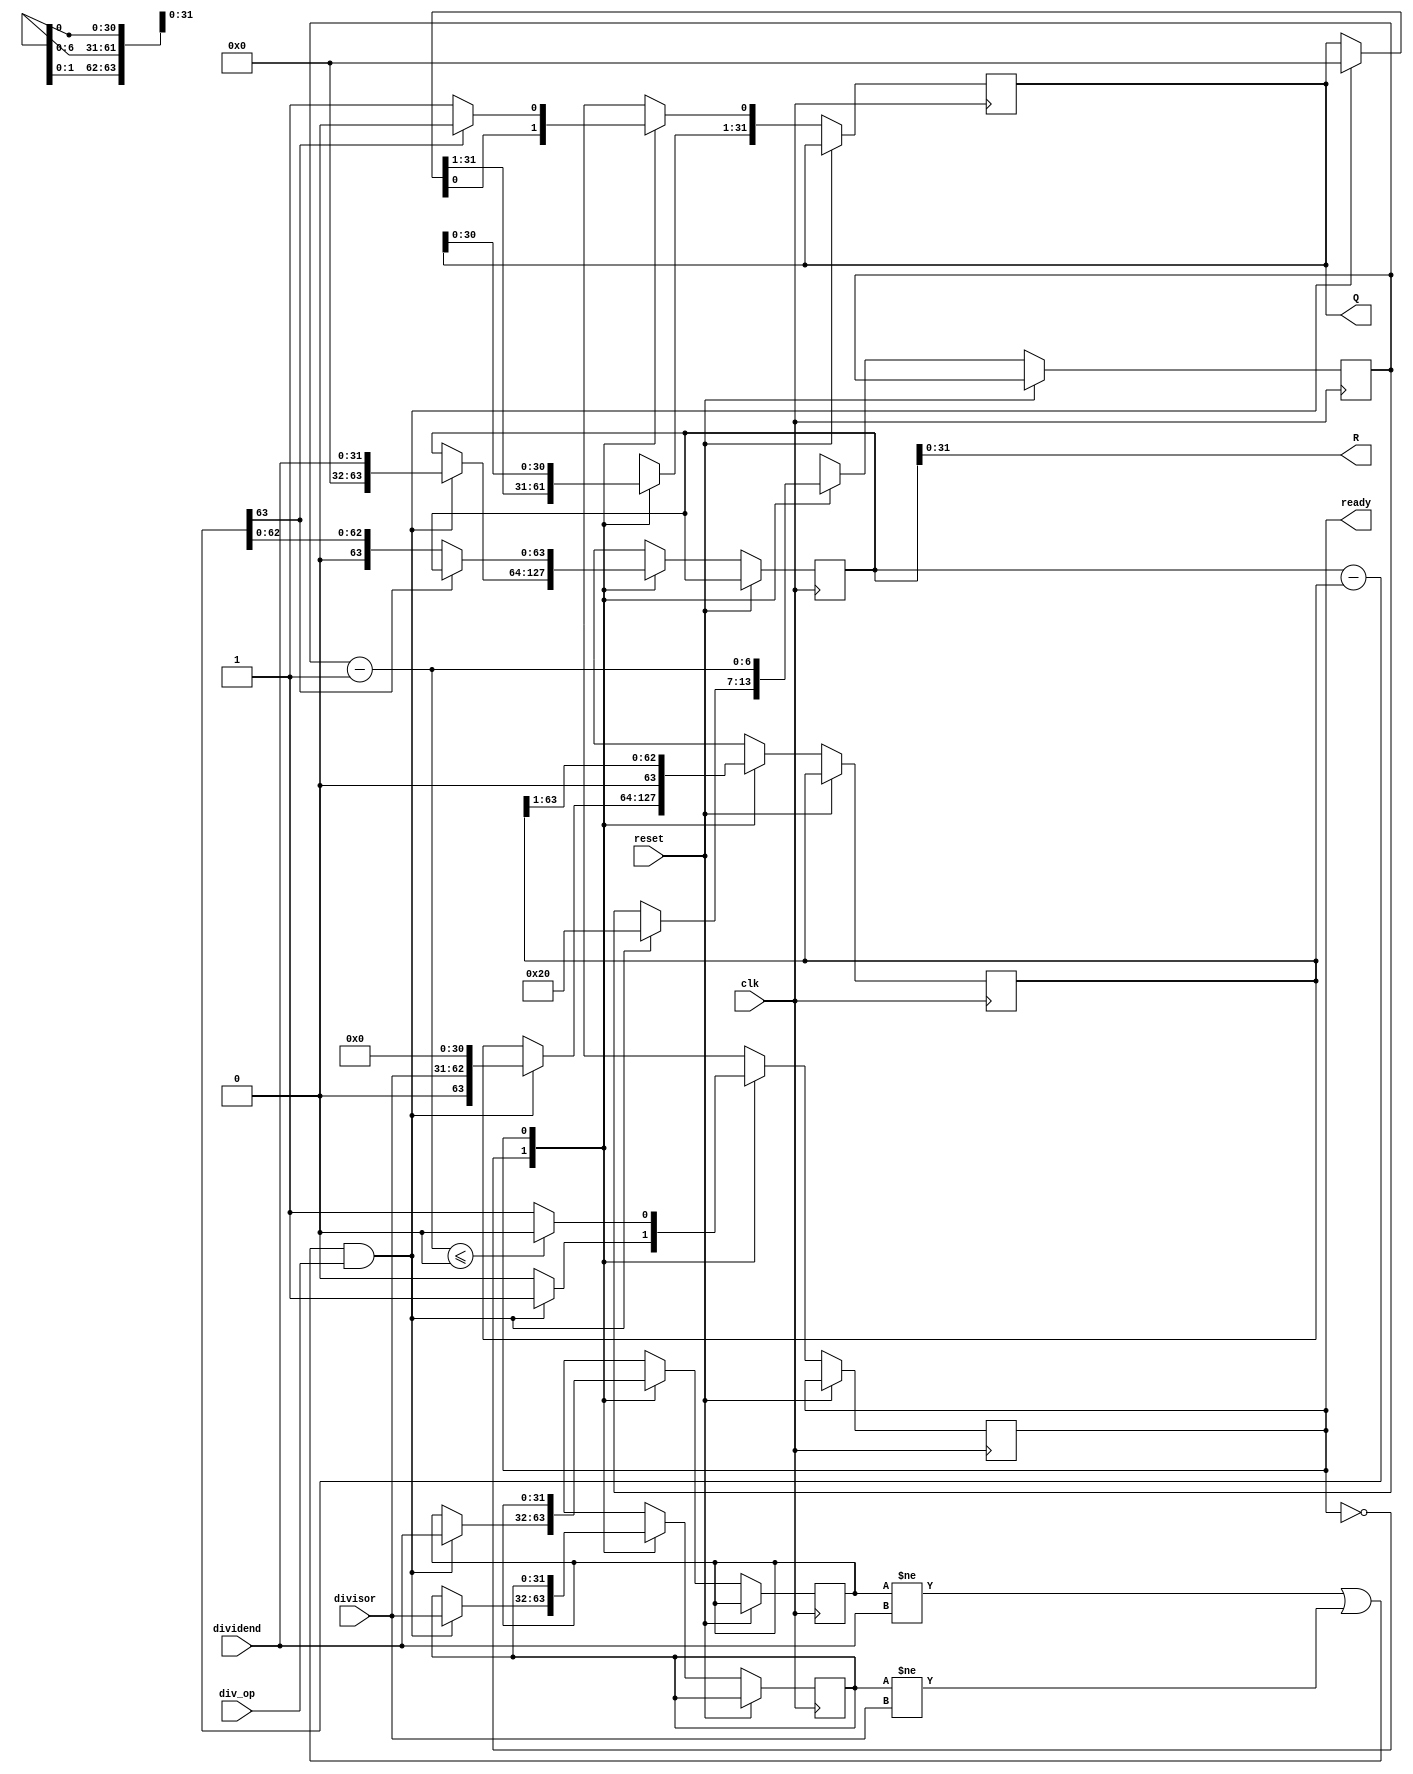
module divider (
  input clk,
  input reset,

  input [31:0] dividend,
  input [31:0] divisor,
  input div_op,

  output [31:0] Q,
  output [31:0] R,
  output ready
);
  localparam IDLE = 'b0;
  localparam DOING = 'b1;

  assign ready = state;
  reg [31:0] p_a = 0;
  reg [31:0] p_b = 0; 
  reg [63:0] inner_a, inner_b, diff;
  reg [31:0] inner_q = 0;

  reg state;
  initial state = 0;
  reg [6:0] bit = 32;

  always @(negedge clk or posedge reset) begin
    if (reset) begin
      // Reset logic here
    end
    else begin
      case (state)
        IDLE: begin
          if (((p_a != dividend) || (p_b != divisor)) && div_op) begin
            state = DOING;
            p_a = dividend;
            p_b = divisor;
            inner_a  = {32'b0, dividend};
            inner_b = {1'b0, divisor, 31'b0};
            bit = 32;
            inner_q = 0;
          end
        end
        DOING: begin
            diff = inner_a - inner_b;
            inner_q = inner_q << 1;

            if(!diff[63])
            begin
                inner_a = diff;
                inner_q[0] = 1'd1;
            end

            inner_b = inner_b >> 1;
            bit = bit - 1;
          
          if (bit <= 0) begin
            state <= IDLE;
          end
        end
      endcase
    end
  end
  assign Q = inner_q;
  assign R = inner_a;
endmodule